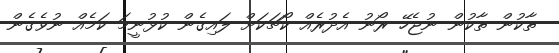
ތާކުން ތާކުން ނުޖެހޭ ރޯނު އެދުރެއް ކޯޗަކަށް ލައިގެން ކުޅުނީމަ ކަމެއް ނުވެގެން